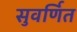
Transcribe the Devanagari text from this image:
सुवर्णित